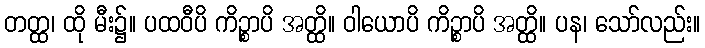
တတ္ထ၊ ထို မီး၌။ ပထဝီပိ ကိဉ္စာပိ အတ္ထိ။ ဝါယောပိ ကိဉ္စာပိ အတ္ထိ။ ပန၊ သော်လည်း။